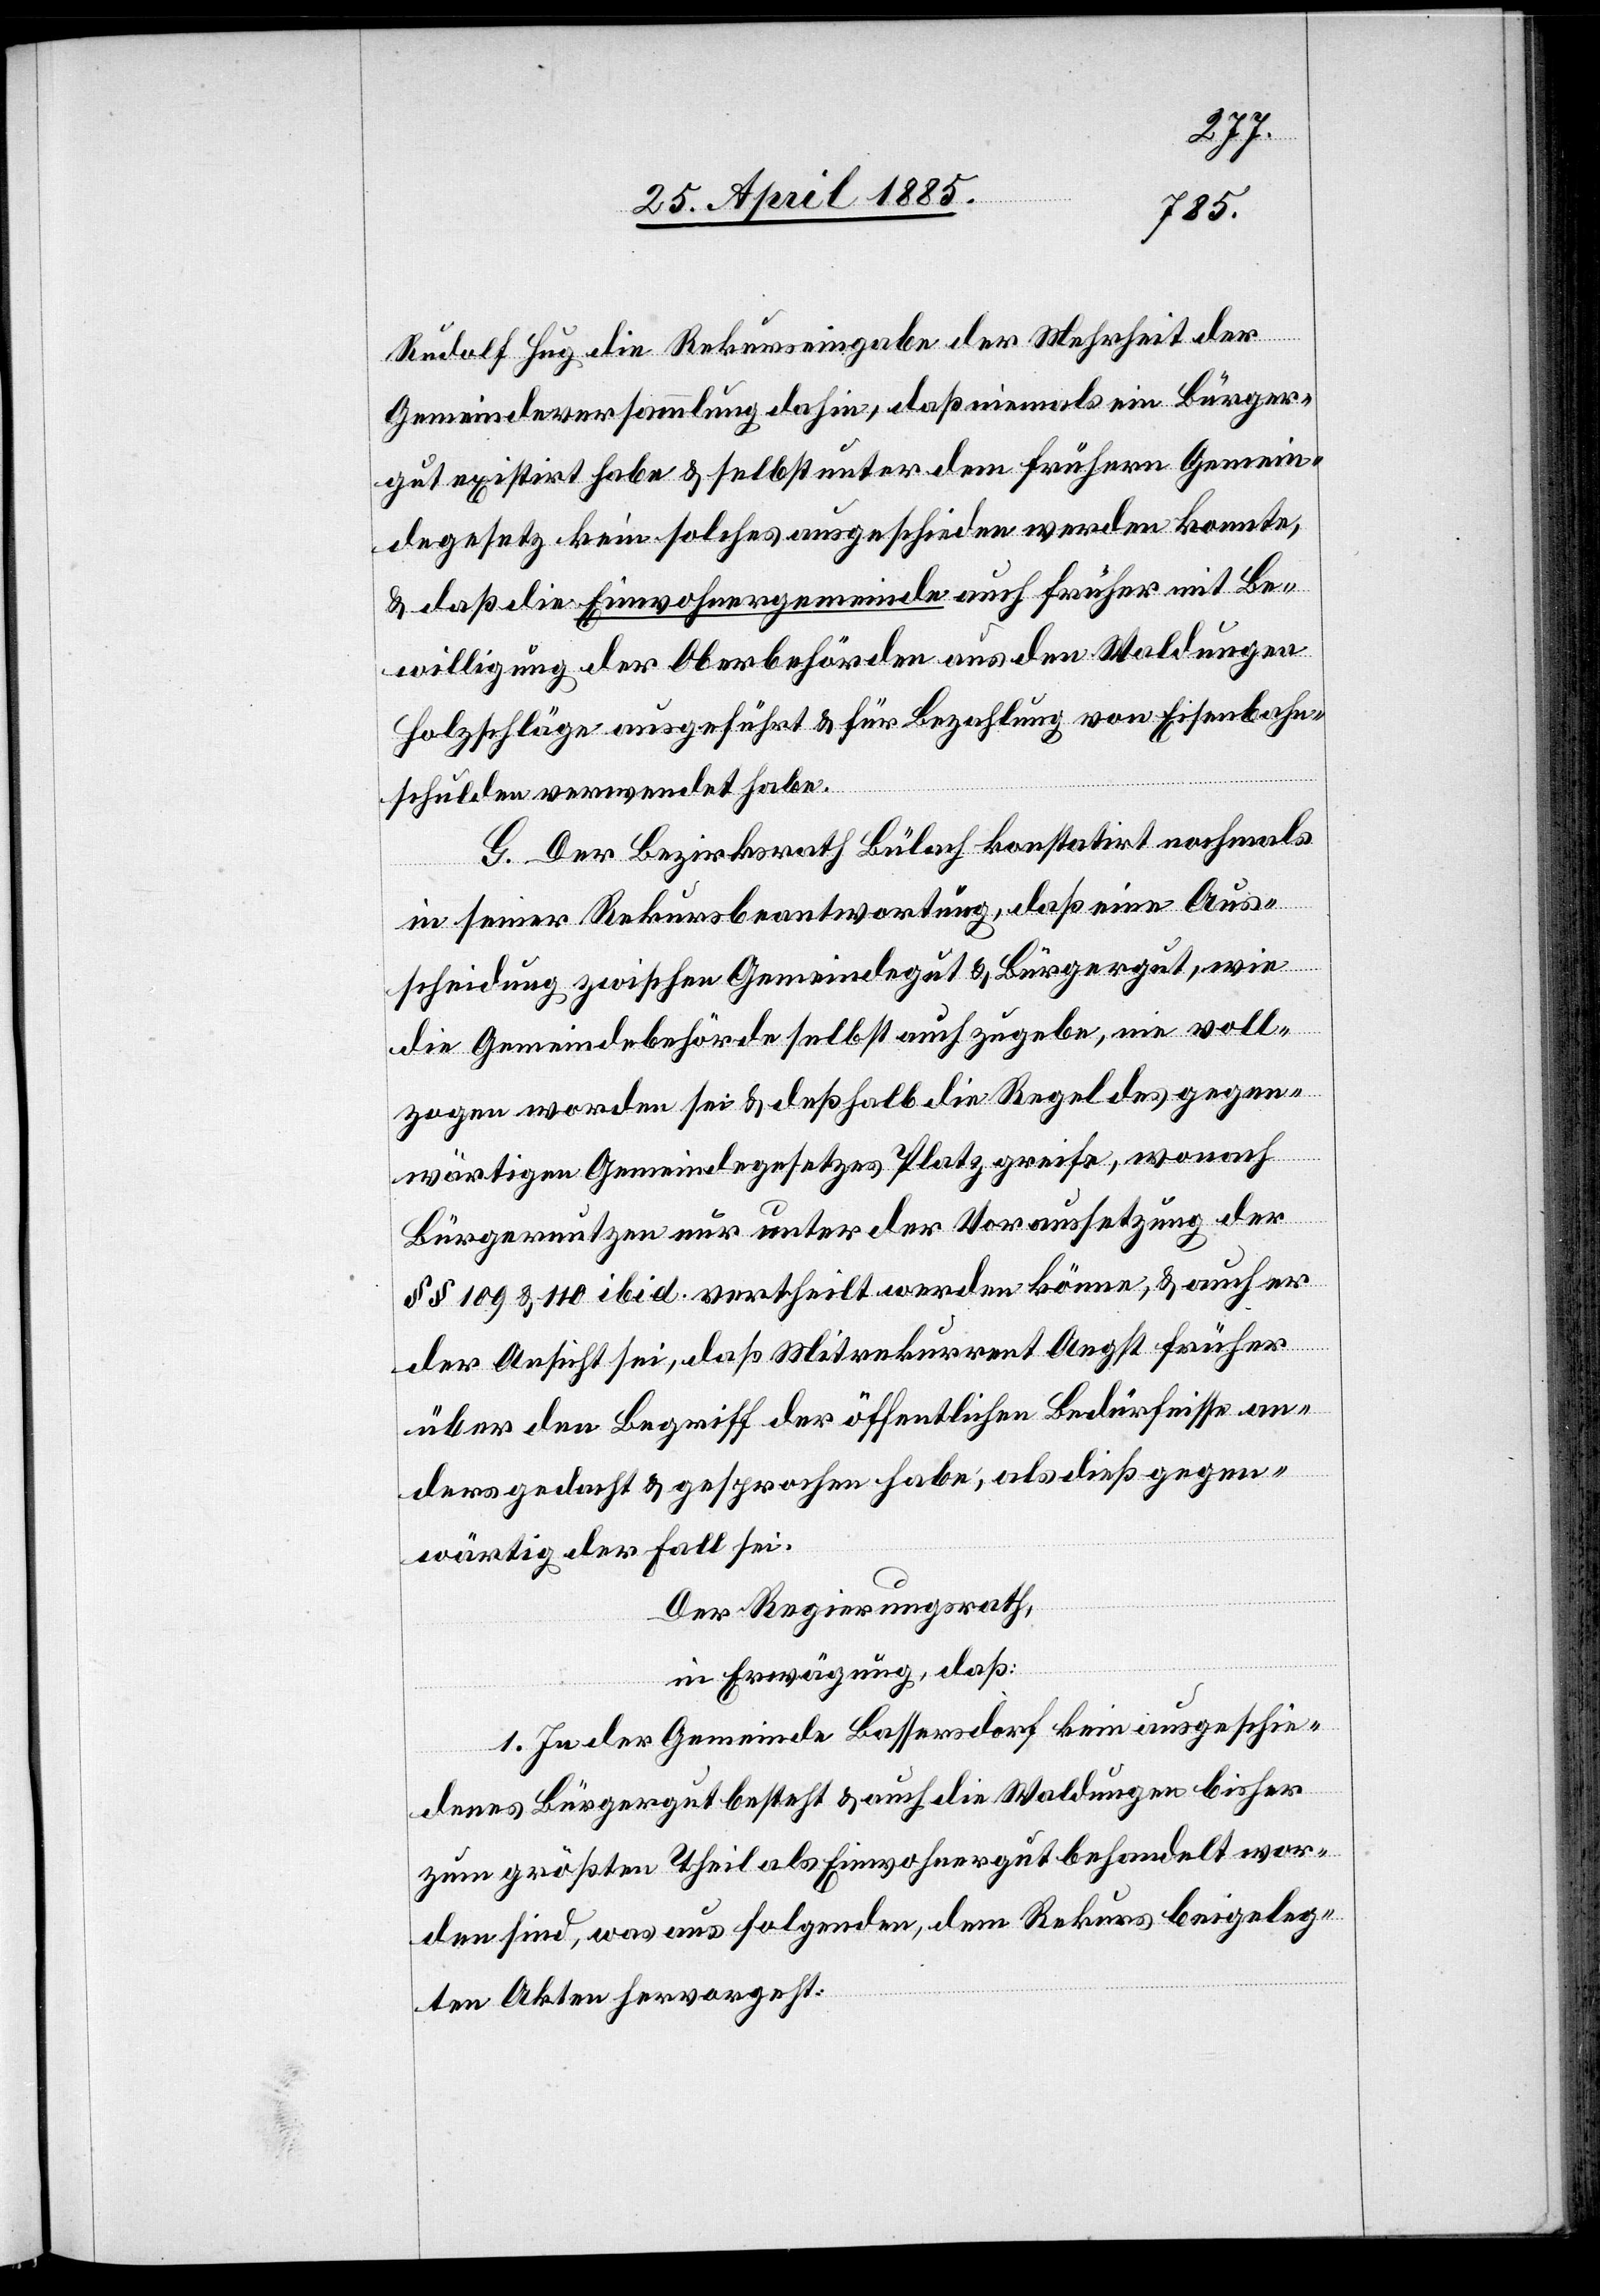
Rudolf Huf die Rekurseingabe der Mehrheit der
Gemeindeversammlung dahin, daß niemals ein Bürger¬
gut existirt habe & selbst unter dem frühern Gemein¬
degesetz kein solches ausgeschieden werden konnte,
& daß die Einwohnergemeinde auch früher mit Be¬
willigung der Oberbehörden aus den Waldungen
Holzschläge ausgeführt & für Bezahlung von Eisenbahn¬
schulden verwendet habe.
G. Der Bezirksrath Bülach konstatirt nochmals
in seiner Rekursbeantwortung, daß eine Aus¬
scheidung zwischen Gemeindegut & Bürgergut, wie
die Gemeindebehörde selbst auch zugebe, nie voll¬
zogen worden sei & deßhalb die Regel des gegen¬
wärtigen Gemeindegesetzes Platz greife, wonach
Bürgernutzen nur unter der Voraussetzung der
§§ 109 & 110 ibid. vertheilt werden könne, & auch er
der Ansicht sei, daß Mitrekurrent Angst früher
über den Begriff der öffentlichen Bedürfnisse an¬
ders gedacht & gesprochen habe, als dieß gegen¬
wärtig der Fall sei.
Der Regierungsrath,
in Erwägung, daß:
1. In der Gemeinde Bassersdorf kein ausgeschie¬
denes Bürgergut besteht & auch die Waldungen bisher
zum größten Theil als Einwohnergut behandelt wor¬
den sind, was aus folgenden, dem Rekurs beigeleg¬
ten Akten hervorgeht: